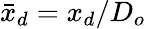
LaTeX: {\bar{x}_{d}}=x_{d}/D_{o}